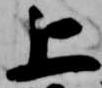
上